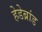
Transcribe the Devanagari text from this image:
हेडेब्रांड